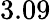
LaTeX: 3.09